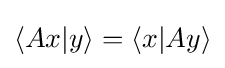
\langle Ax|y\rangle =\langle x|Ay\rangle